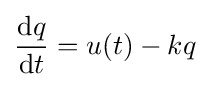
{\frac {\mathrm {d} q}{\mathrm {d} t}}=u(t)-kq